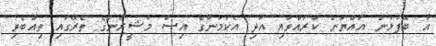
އާ ބޭފުޅުން އައްޔަން ކުރައްވައި އަދި އެކަމަނާގެ އިސް މުޝީރުންގެ ތެރޭގައި ތިއްބެވި